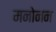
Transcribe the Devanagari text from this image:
मनोनन